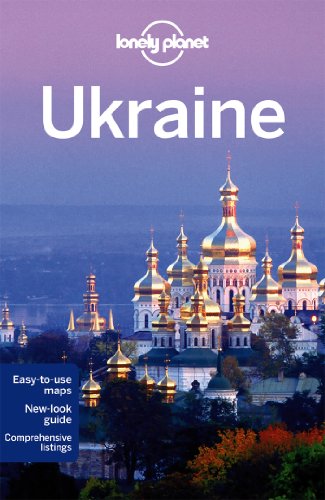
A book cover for Lonely Planet Ukraine (Travel Guide); Lonely Planet; Travel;